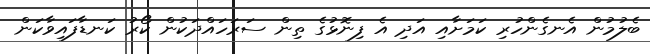
ބެލުމުން އެނގެންހުރި ކަމަށާއި އަދި އެ ފިނޮޅުގެ ތިން ސަރަހައްދަކުން ކޯރު ކަނޑާފައިވާކަން